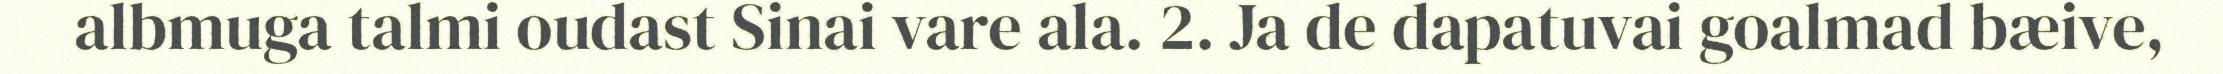
albmuga talmi oudast Sinai vare ala. 2. Ja de dapatuvai goalmad bæive,